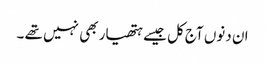
ان دنوں آج کل جیسے ہتھیار بھی نہیں تھے ۔